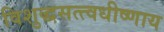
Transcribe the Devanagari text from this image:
विशुद्धसत्त्वधीष्णाय